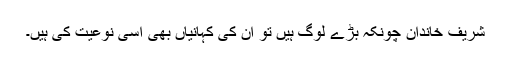
شریف خاندان چونکہ بڑے لوگ ہیں تو اُن کی کہانیاں بھی اُسی نوعیت کی ہیں۔